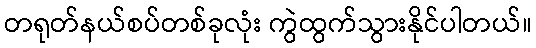
တရုတ်နယ်စပ်တစ်ခုလုံး ကွဲထွက်သွားနိုင်ပါတယ်။